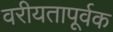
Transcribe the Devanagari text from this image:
वरीयतापूर्वक